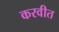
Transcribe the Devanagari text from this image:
करवीत